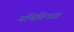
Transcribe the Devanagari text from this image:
गणिविज्जा